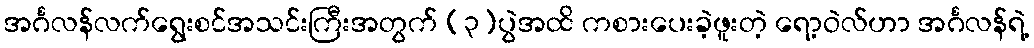
အင်္ဂလန်လက်ရွေးစင်အသင်းကြီးအတွက် (၃)ပွဲအထိ ကစားပေးခဲ့ဖူးတဲ့ ရော့ဝဲလ်ဟာ အင်္ဂလန်ရဲ့